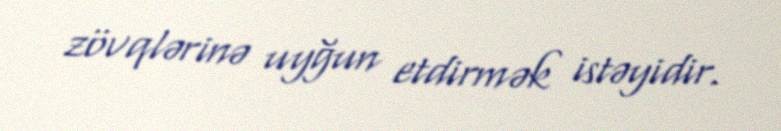
zövqlərinə uyğun etdirmək istəyidir.